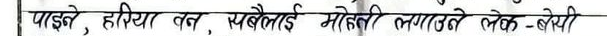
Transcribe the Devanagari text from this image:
पाइने, हरिया वन, स्यंलैलाई मोलेको लगठक-बेची